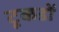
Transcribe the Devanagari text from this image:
टूकडों